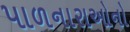
પાળનારાઓનો